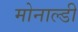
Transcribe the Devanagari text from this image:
मोनाल्डी